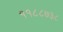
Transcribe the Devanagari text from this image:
११८८७३८